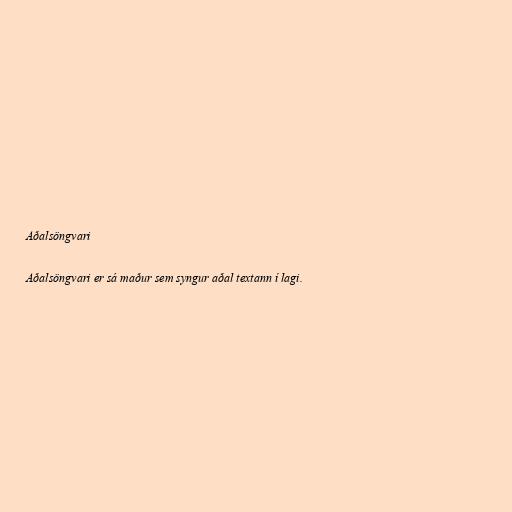
Aðalsöngvari

Aðalsöngvari er sá maður sem syngur aðal textann í lagi.